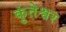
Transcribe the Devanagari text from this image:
कुंतेश्वर